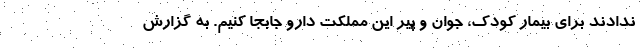
ندادند برای بیمار کودک، جوان و پیر این مملکت دارو جابجا کنیم. به گزارش